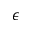
\epsilon